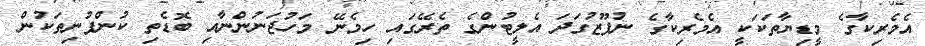
އެމެރިކާގެ މީޑިޔާތަކަކީ އެމެރިކާގެ ނުފޫޒުގަދަ އެލީޓުންގެ ތެރޭގައި ހިމެނޭ މަހުޖަނުންނާއި ބޮޑެތި ކުންފުނިތަކުން